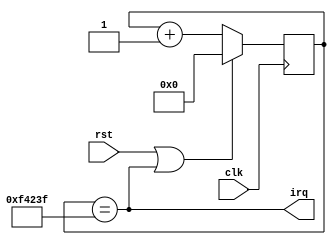
module systick (
	input clk,
	input rst,
	output irq
);

parameter HZ = 100;
parameter CLK_FREQ = 100000000;
parameter CW = $clog2(CLK_FREQ/HZ);

reg [CW-1:0] cnt = {(CW){1'b0}};

assign irq = (cnt == (CLK_FREQ/HZ - 1));

always @(posedge clk)
	if (rst || irq)
		cnt <= {(CW){1'b0}};
	else
		cnt <= cnt + 1'b1;

endmodule